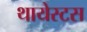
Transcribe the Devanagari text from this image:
थायेस्टस